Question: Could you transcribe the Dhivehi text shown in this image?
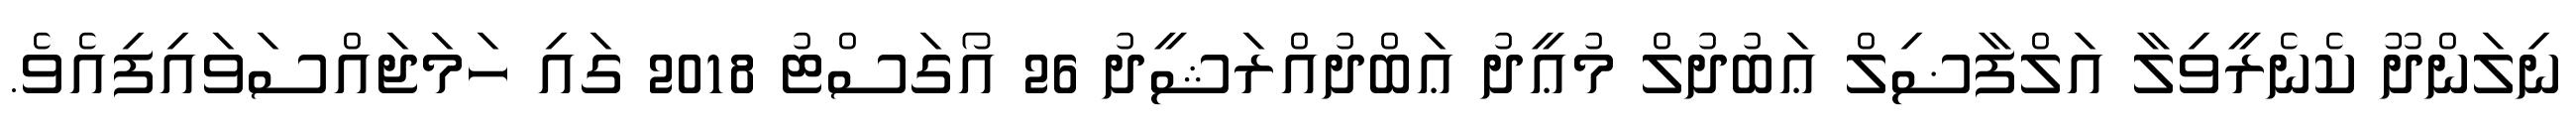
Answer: ނިލަންދޫ ކެނެރީވިލާ އަލްފާޟިލް ޢަބުދުލް މުޢީދު ޢަބްދުއްރަޝީދު 26 އޯގަސްޓު 2018 ގައި ހަމަޖައްސަވައިފިއެވެ.